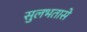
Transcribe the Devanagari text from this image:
सुलभतासे